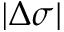
| \Delta \sigma |